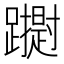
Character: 𮜢